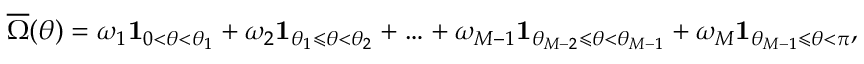
\overline { { \Omega } } ( \theta ) = \omega _ { 1 } \mathbf { 1 } _ { 0 < \theta < \theta _ { 1 } } + \omega _ { 2 } \mathbf { 1 } _ { \theta _ { 1 } \leqslant \theta < \theta _ { 2 } } + \ldots + \omega _ { M - 1 } \mathbf { 1 } _ { \theta _ { M - 2 } \leqslant \theta < \theta _ { M - 1 } } + \omega _ { M } \mathbf { 1 } _ { \theta _ { M - 1 } \leqslant \theta < \pi } ,